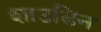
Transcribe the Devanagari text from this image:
शाउडिन